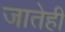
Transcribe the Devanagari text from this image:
जातेही